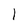
Character: l